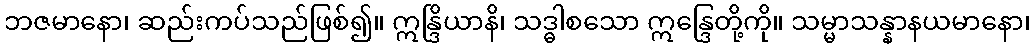
ဘဇမာနော၊ ဆည်းကပ်သည်ဖြစ်၍။ ဣန္ဒြိယာနိ၊ သဒ္ဓါစသော ဣန္ဒြေတို့ကို။ သမ္မာသန္နာနယမာနော၊